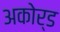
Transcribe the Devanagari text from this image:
अकोर्ड